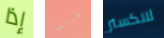
إذا توبياس لانكستر